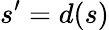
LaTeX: s^{\prime}=d(s)